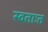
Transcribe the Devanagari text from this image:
स्वताःत